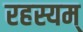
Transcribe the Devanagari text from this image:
रहस्यम्